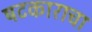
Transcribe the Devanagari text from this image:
षटकाराचा